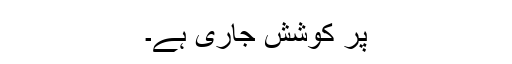
پر کوشش جاری ہے۔